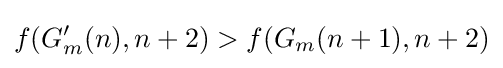
f(G'_{m}(n),n+2)>f(G_{m}(n+1),n+2)